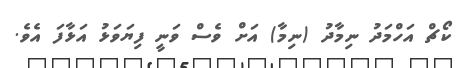
ކޯޗް އަހްމަދު ނިމާދު (ނިމާ) އަށް ވެސް ވަނީ ފިޔަވަޅު އަޅާފަ އެވެ.